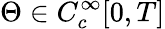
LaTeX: \Theta\in C_{c}^{\infty}[0,T]